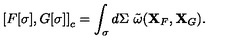
\left[ { F [ \sigma ] , G [ \sigma ] } \right] _ { c } = \int _ { \sigma } { d \Sigma \ \tilde { \omega } ( { \bf X } _ { F } , { \bf X } _ { G } ) } .